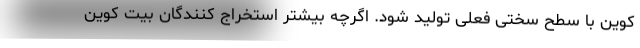
کوین با سطح سختی فعلی تولید شود. اگرچه بیشتر استخراج کنندگان بیت کوین